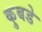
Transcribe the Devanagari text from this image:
कुबडे